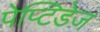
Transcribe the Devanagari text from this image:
पेप्टिडेज़